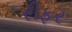
રીફર